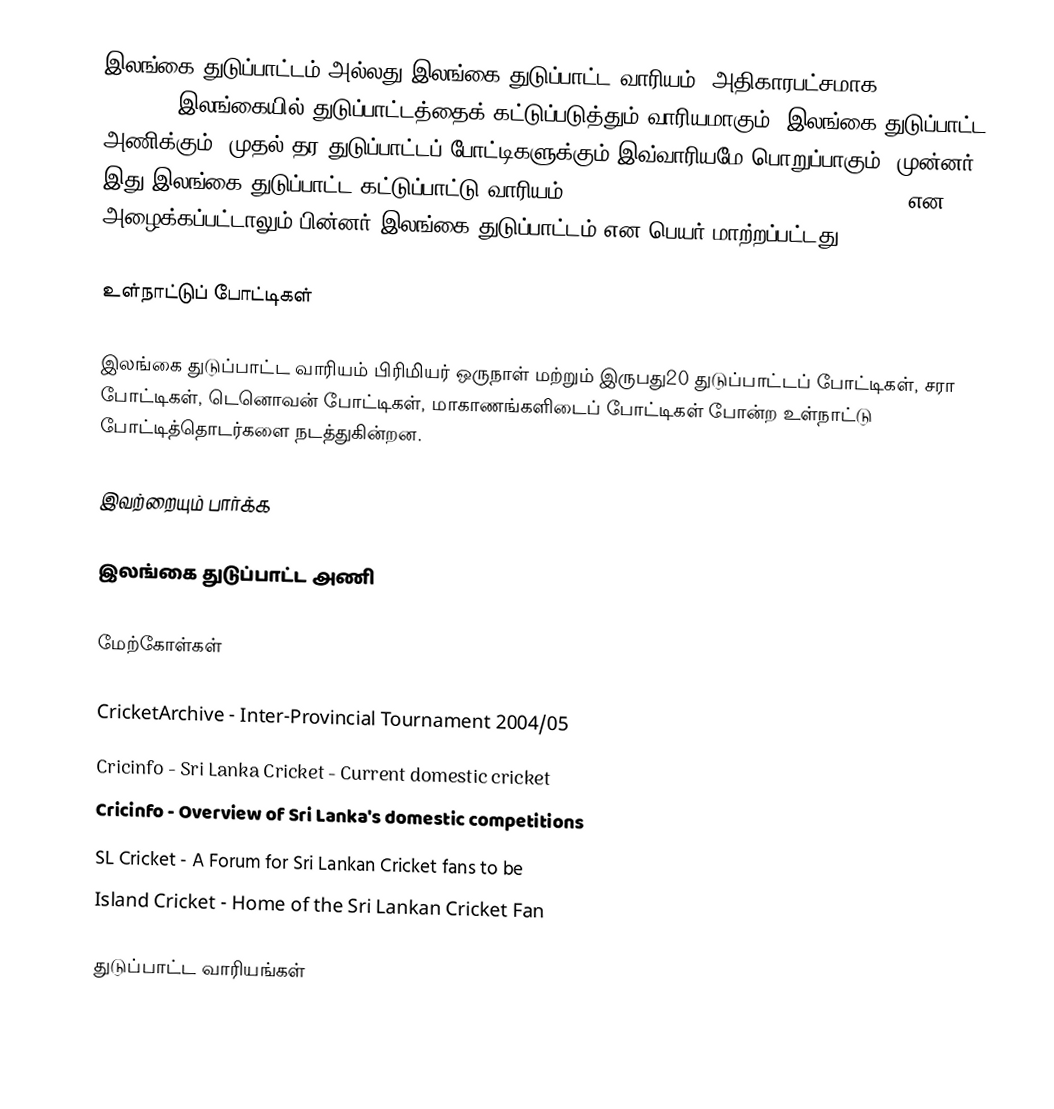
இலங்கை துடுப்பாட்டம் அல்லது இலங்கை துடுப்பாட்ட வாரியம் (அதிகாரபட்சமாக Sri Lanka Cricket) இலங்கையில்  துடுப்பாட்டத்தைக் கட்டுப்படுத்தும் வாரியமாகும். இலங்கை துடுப்பாட்ட அணிக்கும், முதல் தர துடுப்பாட்டப் போட்டிகளுக்கும் இவ்வாரியமே பொறுப்பாகும். முன்னர் இது இலங்கை துடுப்பாட்ட கட்டுப்பாட்டு வாரியம் (Board for Cricket Control in Sri Lanka) என அழைக்கப்பட்டாலும் பின்னர் இலங்கை துடுப்பாட்டம் என பெயர் மாற்றப்பட்டது.

உள்நாட்டுப் போட்டிகள்

இலங்கை துடுப்பாட்ட வாரியம் பிரிமியர் ஒருநாள் மற்றும் இருபது20 துடுப்பாட்டப் போட்டிகள், சரா போட்டிகள், டெனொவன் போட்டிகள், மாகாணங்களிடைப் போட்டிகள் போன்ற உள்நாட்டு போட்டித்தொடர்களை நடத்துகின்றன.

இவற்றையும் பார்க்க

 இலங்கை துடுப்பாட்ட அணி

மேற்கோள்கள்

 CricketArchive - Inter-Provincial Tournament 2004/05
 Cricinfo - Sri Lanka Cricket - Current domestic cricket
 Cricinfo - Overview of Sri Lanka's domestic competitions
 SL Cricket - A Forum for Sri Lankan Cricket fans to be
 Island Cricket - Home of the Sri Lankan Cricket Fan

துடுப்பாட்ட வாரியங்கள்